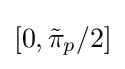
[0,{\tilde {\pi }}_{p}/2]